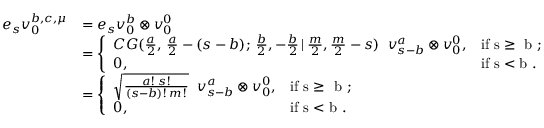
\begin{array} { r l } { e _ { s } v _ { 0 } ^ { b , c , \mu } } & { = e _ { s } v _ { 0 } ^ { b } \otimes v _ { 0 } ^ { 0 } } \\ & { = \left\{ \begin{array} { l l } { C G ( \frac { a } { 2 } , \, \frac { a } { 2 } - ( s - b ) ; \, \frac { b } { 2 } , - \frac { b } { 2 } \, | \, \frac { m } { 2 } , \frac { m } { 2 } - s ) \; \; v _ { s - b } ^ { a } \otimes v _ { 0 } ^ { 0 } , } & { \mathrm { i f ~ s \ge ~ b ~ } ; } \\ { 0 , } & { \mathrm { i f ~ s < b ~ } . } \end{array} \right. } \\ & { = \left\{ \begin{array} { l l } { \sqrt { \frac { a ! \, s ! } { ( s - b ) ! \, m ! } } \; \; v _ { s - b } ^ { a } \otimes v _ { 0 } ^ { 0 } , } & { \mathrm { i f ~ s \ge ~ b ~ } ; } \\ { 0 , } & { \mathrm { i f ~ s < b ~ } . } \end{array} \right. } \end{array}